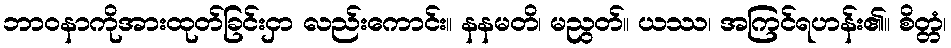
ဘာဝနာကိုအားထုတ်ခြင်းငှာ လည်းကောင်း။ နနမတိ၊ မညွတ်။ ယဿ၊ အကြင်ရဟန်း၏။ စိတ္တံ၊